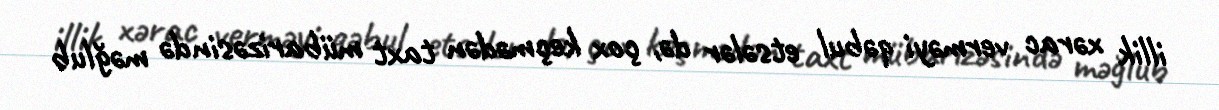
illik xərac verməyi qəbul etsələr də, çox keçmədən taxt mübarizəsində məğlub